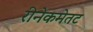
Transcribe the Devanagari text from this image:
रीनेकमेतट